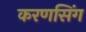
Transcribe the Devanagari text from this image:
करणसिंग